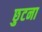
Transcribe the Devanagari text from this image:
छुटना